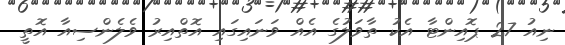
ނިއު 27 ޕޮއިންޓާ އެކު ތާވަލުގެ އެއް ވަނައިގައި އޮތްއިރު ވެލެންސިއާ އޮތީ